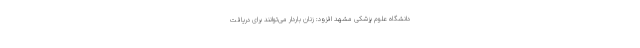
دانشگاه علوم پزشکی مشهد افزود: زنان باردار می‌توانند برای دریافت